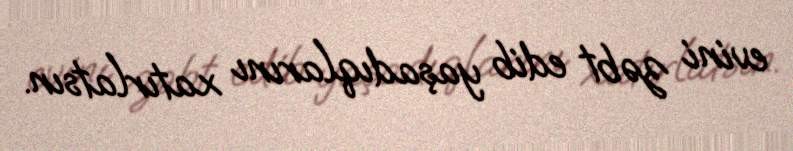
evini zəbt edib yaşadıqlarını xatırlatsın.